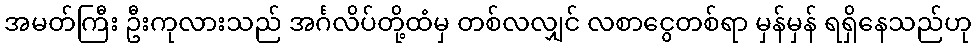
အမတ်ကြီး ဦးကုလားသည် အင်္ဂလိပ်တို့ထံမှ တစ်လလျှင် လစာငွေတစ်ရာ မှန်မှန် ရရှိနေသည်ဟု